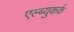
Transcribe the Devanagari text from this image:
एल्ब्युकर्क